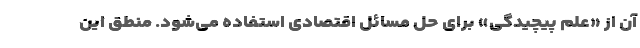
آن از «علم پیچیدگی» برای حل مسائل اقتصادی استفاده می‌شود. منطق این